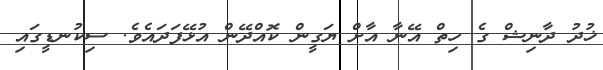
ޚުދު ދާނިޝް ގެ ހިތް އޭނާ އާށް ޔަގީން ކޮއްދޭން އުޅޭފަދައެވެ. ސިކުނޑީގައި